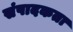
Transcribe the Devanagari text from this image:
संपादकता